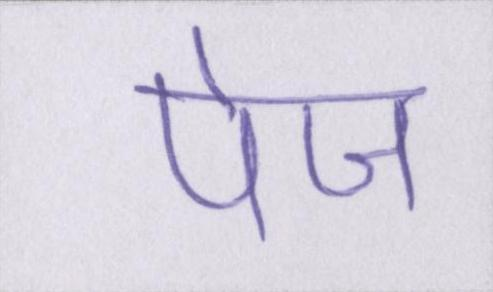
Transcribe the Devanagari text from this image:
पेज